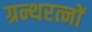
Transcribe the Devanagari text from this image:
ग्रन्थरत्नों